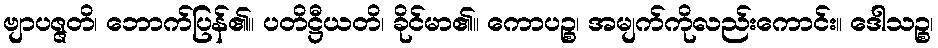
ဗျာပဇ္ဇတိ၊ ဘောက်ပြန်၏။ ပတိဋ္ဌီယတိ၊ ခိုင်မာ၏။ ကောပဉ္စ၊ အမျက်ကိုလည်းကောင်း။ ဒေါသဉ္စ၊